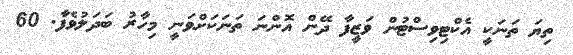
ތިޔަ ތަނަކީ އެކްޓިވިސްޓުން ވަޒީފާ ދޭން އޮންނަ ތަނަކަށްވަނީ މިހާރު ބަދަލުވެފާ. 60